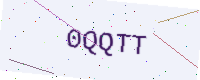
Text: 0QQTT